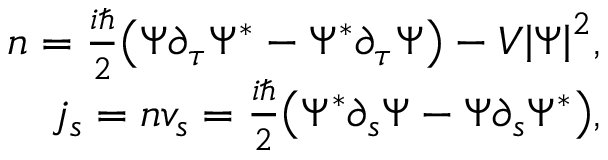
\begin{array} { r } { n = { \frac { i \hbar } { 2 } } { \left( \Psi \partial _ { \tau } \Psi ^ { \ast } - \Psi ^ { \ast } \partial _ { \tau } \Psi \right) } - V { \left| \Psi \right| } ^ { 2 } , } \\ { j _ { s } = n v _ { s } = { \frac { i \hbar } { 2 } } { \left( \Psi ^ { \ast } \partial _ { s } \Psi - \Psi \partial _ { s } \Psi ^ { \ast } \right) } , } \end{array}